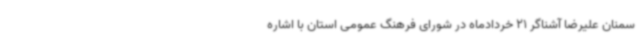
سمنان علیرضا آشناگر 21 خردادماه در شورای فرهنگ عمومی استان با اشاره